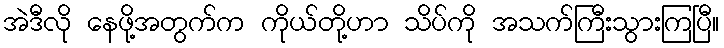
အဲဒီလို နေဖို့အတွက်က ကိုယ်တို့ဟာ သိပ်ကို အသက်ကြီးသွားကြပြီ။